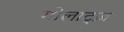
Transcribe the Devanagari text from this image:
गोलाट्ज़